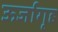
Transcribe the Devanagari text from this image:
ऊर्जागृह